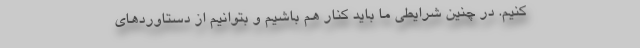
کنیم. در چنین شرایطی ما باید کنار هم باشیم و بتوانیم از دستاوردهای